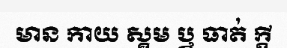
មាន កាយ ស្គម ឬ ធាត់ ក្តី